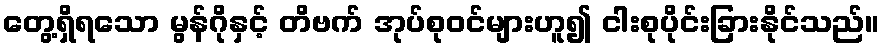
တွေ့ရှိရသော မွန်ဂိုနှင့် တိဗက် အုပ်စုဝင်များဟူ၍ ငါးစုပိုင်းခြားနိုင်သည်။